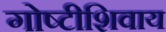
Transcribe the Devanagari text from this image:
गोष्टीशिवाय